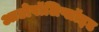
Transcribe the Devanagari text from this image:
आटोपॉलिप्लॉइड